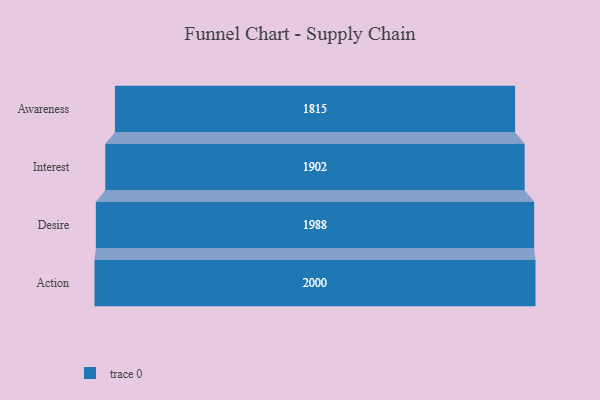
{"axis": {"x": "Stage", "y": "Value"}, "legend": [""], "data": [{"x": "Awareness", "y": 1815.0, "type": ""}, {"x": "Interest", "y": 1902.0, "type": ""}, {"x": "Desire", "y": 1988.0, "type": ""}, {"x": "Action", "y": 2000, "type": ""}]}